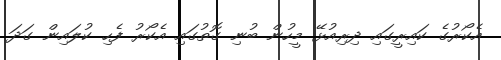
އެކޯރުގެ ކައިރީގައި ދިރިއުޅޭ މީހުން ބުނި ގޮތުގައި އެކޯރު ފެހި ކުލައިން ގަދަ